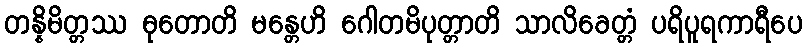
တန္နိမိတ္တဿ ဓုတောတိ မန္တေဟိ ဂေါတမိပုတ္တာတိ သာလိခေတ္တံ ပရိပူရကာရီပေ